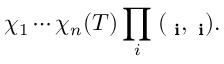
\chi _ { 1 } \cdots \chi _ { n } ( T ) \prod _ { i } \; ( { \bf \Psi _ { i } } , { \bf \Phi _ { i } } ) .